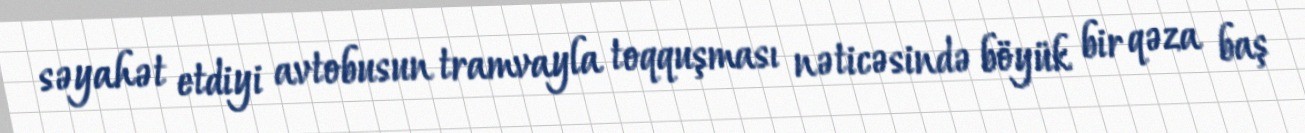
səyahət etdiyi avtobusun tramvayla toqquşması nəticəsində böyük bir qəza baş